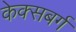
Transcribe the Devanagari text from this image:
केक्सबर्ग